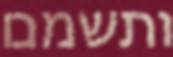
ותשמם